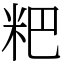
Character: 粑